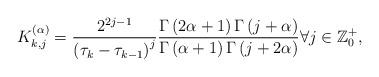
LaTeX: \begin{align*}K_{k,j}^{(\alpha )} = \frac{{{2^{2j - 1}}}}{{{{\left( {{\tau _k} - {\tau _{k - 1}}} \right)}^j}}}\frac{{\Gamma \left( {2\alpha + 1} \right)\Gamma \left( {j + \alpha } \right)}}{{\Gamma \left( {\alpha + 1} \right)\Gamma \left( {j + 2\alpha } \right)}}\forall j \in \mathbb{Z}_0^+,\end{align*}